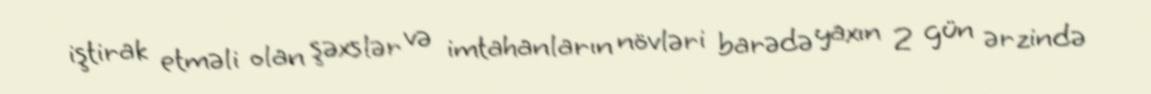
iştirak etməli olan şəxslər və imtahanların növləri barədə yaxın 2 gün ərzində